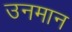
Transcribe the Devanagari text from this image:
उनमान